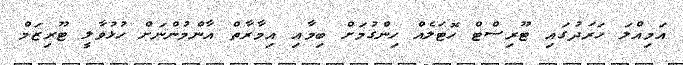
އަމިއްލަ ހަރަދުގައި ޓޫރިސްޓް ހޮޓަލެއް ހިންގުމަށް ބިމާއި އިމާރާތް އާންމުންނަށް ހުޅުވާލީ ޓޫރިޒަމް